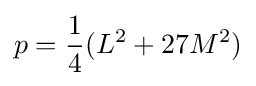
p={\frac {1}{4}}(L^{2}+27M^{2})